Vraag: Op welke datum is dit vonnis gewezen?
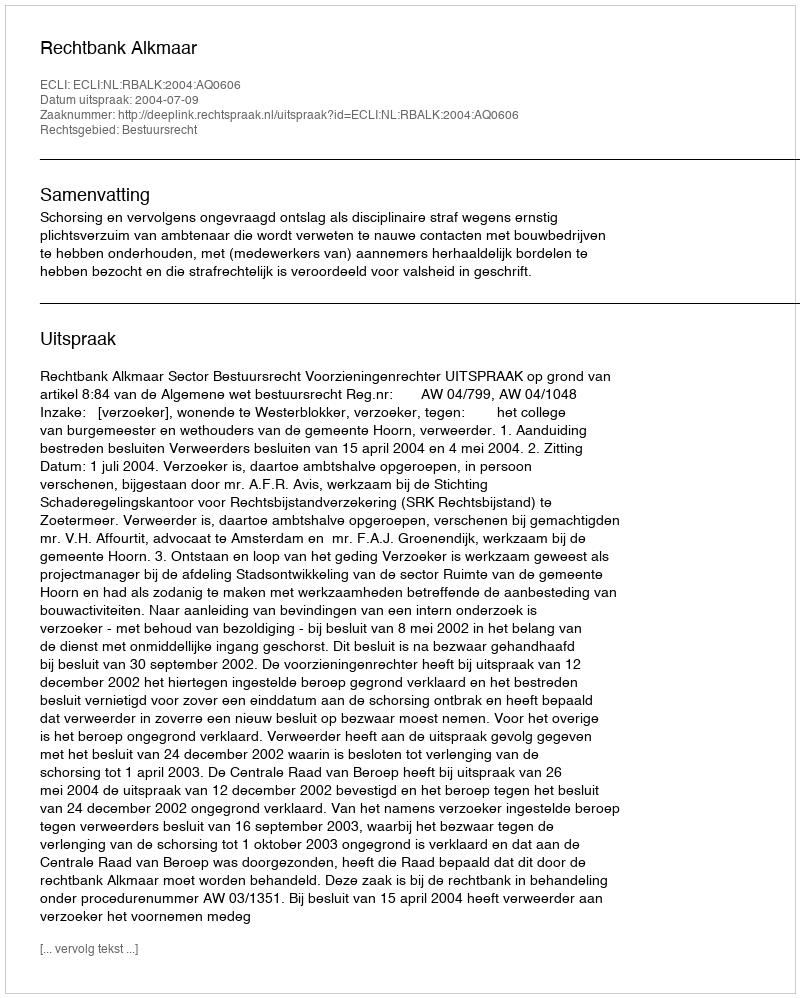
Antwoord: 2004-07-09